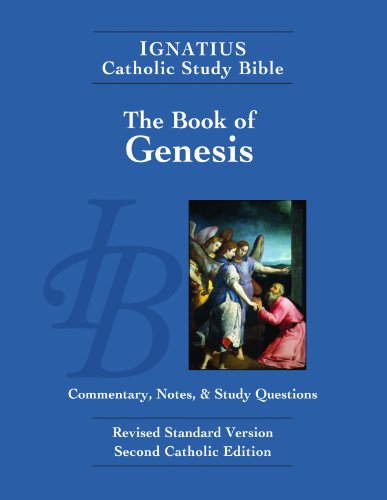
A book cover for Ignatius Catholic Study Bible: Book of Genesis; Scott Hahn; Christian Books & Bibles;